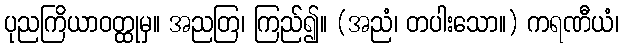
ပုညကြိယာဝတ္ထုမှ။ အညတြ၊ ကြည်၍။ (အညံ၊ တပါးသော။) ကရဏီယံ၊